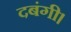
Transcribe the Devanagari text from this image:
दबंगी।